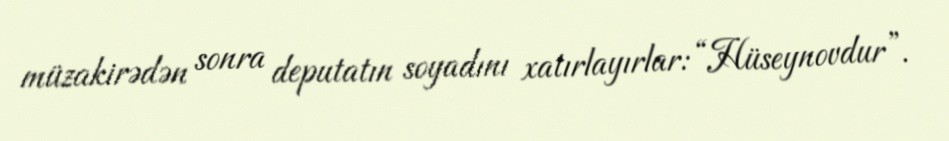
müzakirədən sonra deputatın soyadını xatırlayırlar: “Hüseynovdur”.